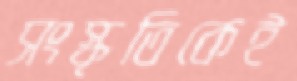
সংস্কৃতিকেই